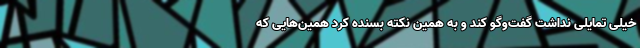
خیلی تمایلی نداشت گفت‌وگو کند و به همین نکته بسنده کرد همین‌هایی که